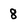
Character: 8